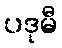
ပဒုမီ